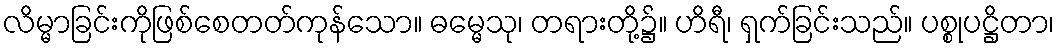
လိမ္မာခြင်းကိုဖြစ်စေတတ်ကုန်သော။ ဓမ္မေသု၊ တရားတို့၌။ ဟိရီ၊ ရှက်ခြင်းသည်။ ပစ္စုပဋ္ဌိတာ၊